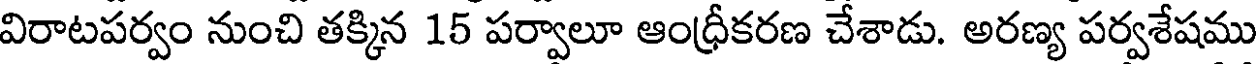
విరాటపర్వం నుంచి తక్కిన 15 పర్వాలూ ఆంధ్రీకరణ చేశాడు. అరణ్య పర్వశేషము